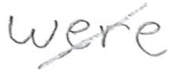
Text: were
Cross-out: diagonal
Writing tool: pencil